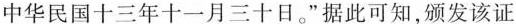
中华民国十三年十一月三十日。”据此可知，颁发该证